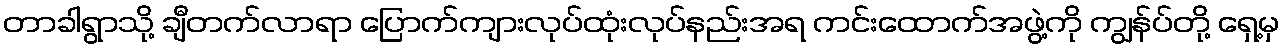
တာခါရွာသို့ ချီတက်လာရာ ပြောက်ကျားလုပ်ထုံးလုပ်နည်းအရ ကင်းထောက်အဖွဲ့ကို ကျွန်ပ်တို့ ရှေ့မှ